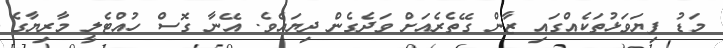
މަޑު ފިޔަވަޅުތަކެއްގައި ޒާން ގޭތެރެއަށް ވަދެގެން ދިޔައެވެ. އޭނާ ގޮސް ހުއްޓެލީ މާރިޔާގެ